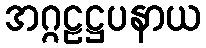
အဂ္ဂဠဋ္ဌပနာယ